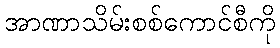
အာဏာသိမ်းစစ်ကောင်စီကို